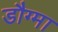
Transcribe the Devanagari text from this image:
डौग्मा